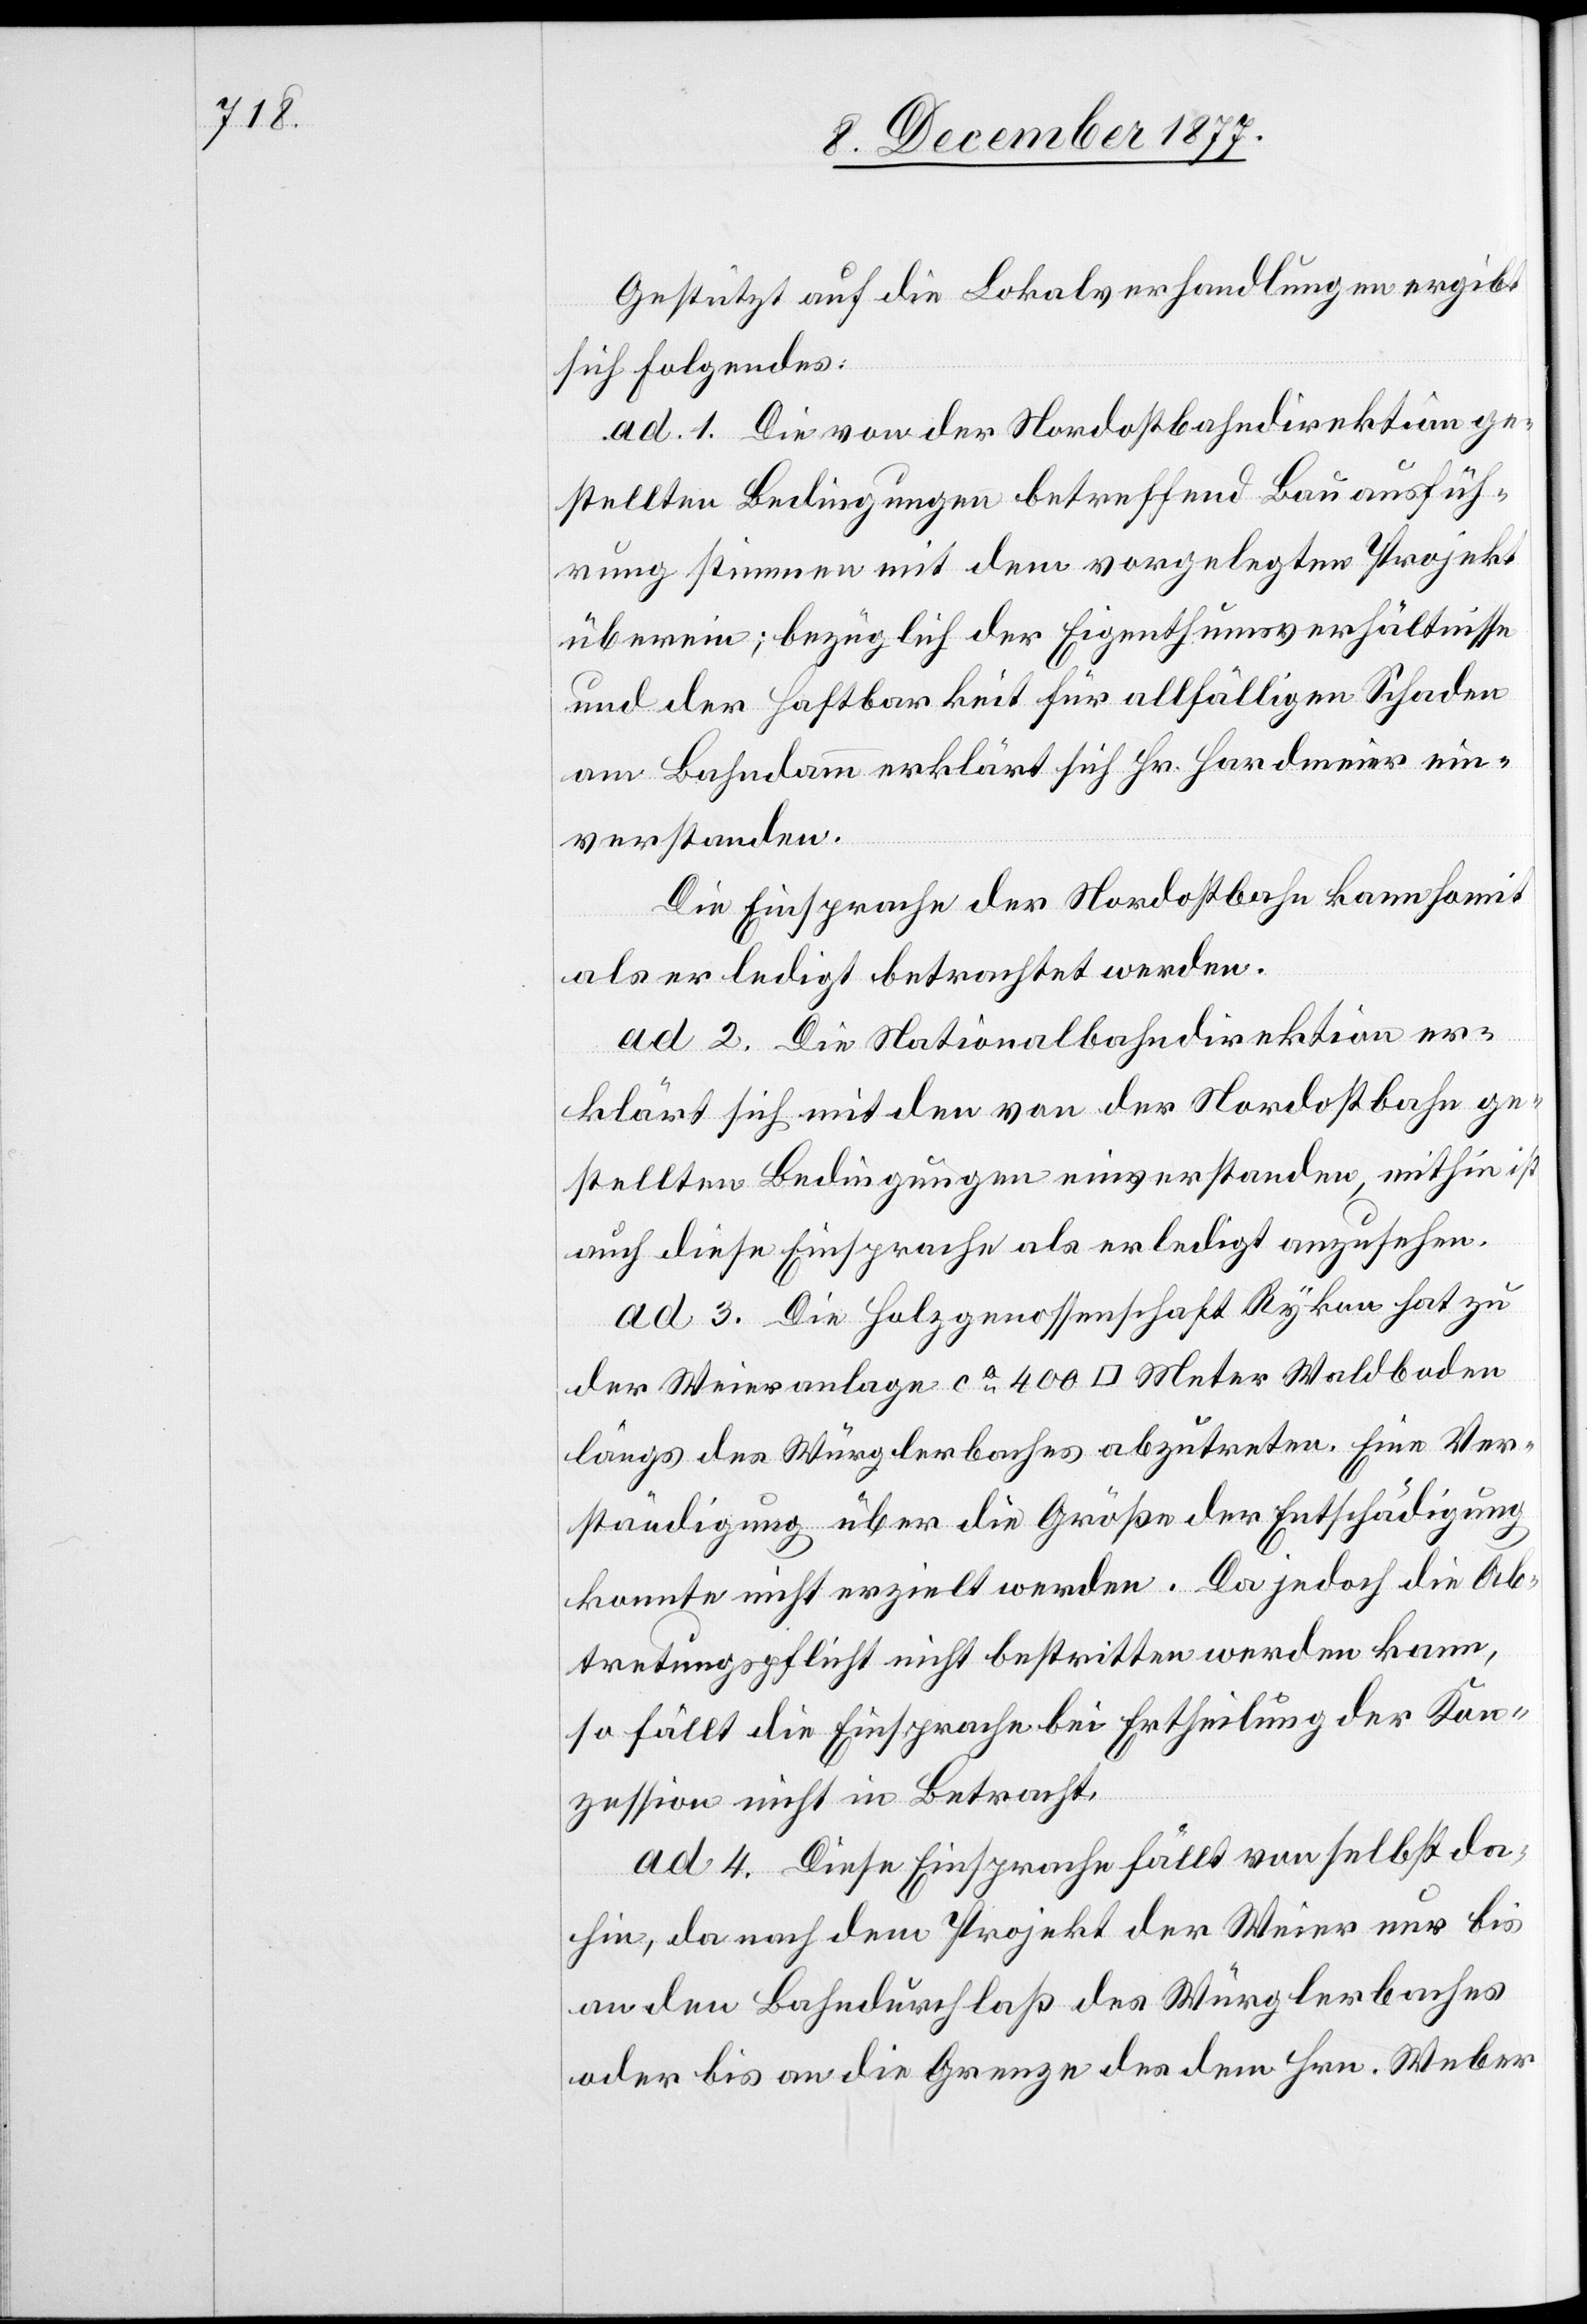
Gestützt auf die Lokalverhandlungen ergibt
sich Folgendes:
ad 1. Die von der Nordostbahndirektion ge¬
stellten Bedingungen betreffend Bauausfüh¬
rung stimmen mit dem vorgelegten Projekt
überein; bezüglich der Eigenthumsverhältnisse
und der Haftbarkeit für allfälligen Schaden
am Bahndamm erklärt sich Hr. Hardmeier ein¬
verstanden.
Die Einsprache der Nordostbahn kann somit
als erledigt betrachtet werden.
ad 2. Die Nationalbahndirektion er¬
klärt sich mit den von der Nordostbahn ge¬
stellten Bedingungen einverstanden, mithin ist
auch diese Einsprache als erledigt anzusehen.
ad 3. Die Holzgenossenschaft Rykon hat zu
der Weieranlage ca 400 [Quadrat] Meter Waldboden
längs des Würglerbaches abzutreten. Eine Ver¬
ständigung über die Größe der Entschädigung
konnte nicht erzielt werden. Da jedoch die Ab¬
tretungspflicht nicht bestritten werden kann,
so fällt die Einsprache bei Ertheilung der Kon¬
zession nicht in Betracht.
ad 4. Diese Einsprache fällt von selbst da¬
hin, da nach dem Projekt der Weier nur bis
an den Bahndurchlaß des Würglerbaches
oder bis an die Grenze des dem Hrn. Weber